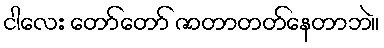
ငါလေး တော်တော် ဇာတာတတ်နေတာဘဲ။